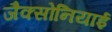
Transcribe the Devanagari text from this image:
जैक्सोनियाई